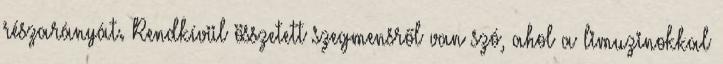
részarányát. Rendkívül összetett szegmensről van szó, ahol a limuzinokkal